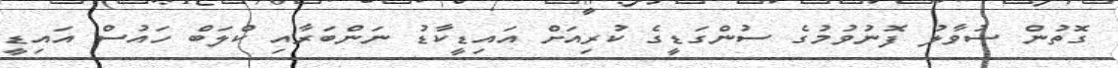
ގޮތުން ސުވާލު ފޮނުވުމުގެ ސުންގަޑީގެ ކުރިއަށް އައިޑީކާޑު ނަންބަރާއި ކްލަބް ހައުސް އައިޑީ